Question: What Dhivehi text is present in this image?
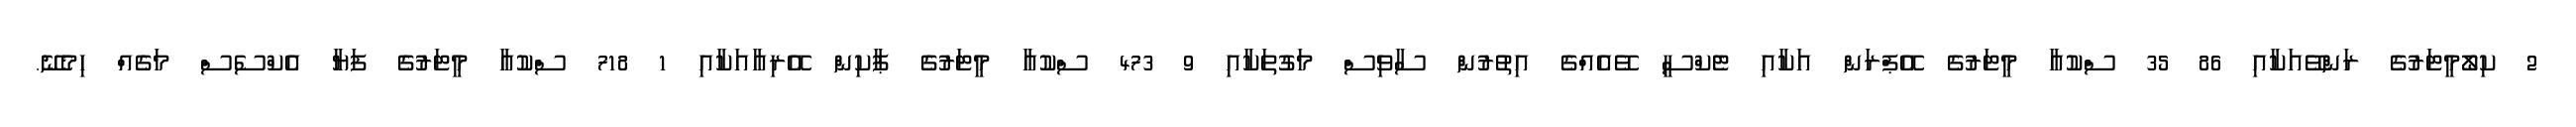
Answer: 2 ކިލޯމީޓަރުގެ ރަންވޭއަކާއި 86 35 ސްކުއާ މީޓަރުގެ އޭޕްރަން އަކާއި ޓެކްސީ ވޭއެއްގެ އިތުރުން ސާވިސް މަގުތަކާއި 9 473 ސްކުއާ މީޓަރުގެ ޕާކިން އޭރިއާއަކާއި 1 718 ސްކުއާ މީޓަރުގެ ފަޔާ އެކްސެސް މަގެއް ހިމެނޭ.